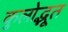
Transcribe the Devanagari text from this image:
कुलोद्भूत